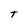
Character: t